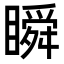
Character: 瞬